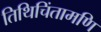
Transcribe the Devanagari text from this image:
तिथिचिंतामणि